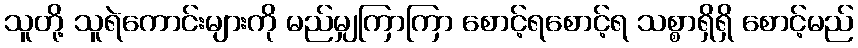
သူတို့ သူရဲကောင်းများကို မည်မျှကြာကြာ စောင့်ရစောင့်ရ သစ္စာရှိရှိ စောင့်မည်